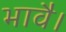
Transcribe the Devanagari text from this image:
भावै।